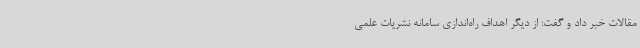
مقالات خبر داد و گفت: از دیگر اهداف راه‌اندازی سامانه نشریات علمی